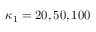
\kappa _ { 1 } = 2 0 , 5 0 , 1 0 0